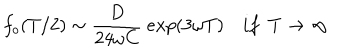
f _ { o } ( T / 2 ) \sim { \frac { D } { 2 4 \omega C } } \ e x p ( 3 \omega T ) i f \ \ T \rightarrow \infty